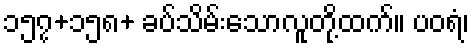
၁၅၇+၁၅၈+ ခပ်သိမ်းသောလူတို့ထက်။ ပဝရံ၊